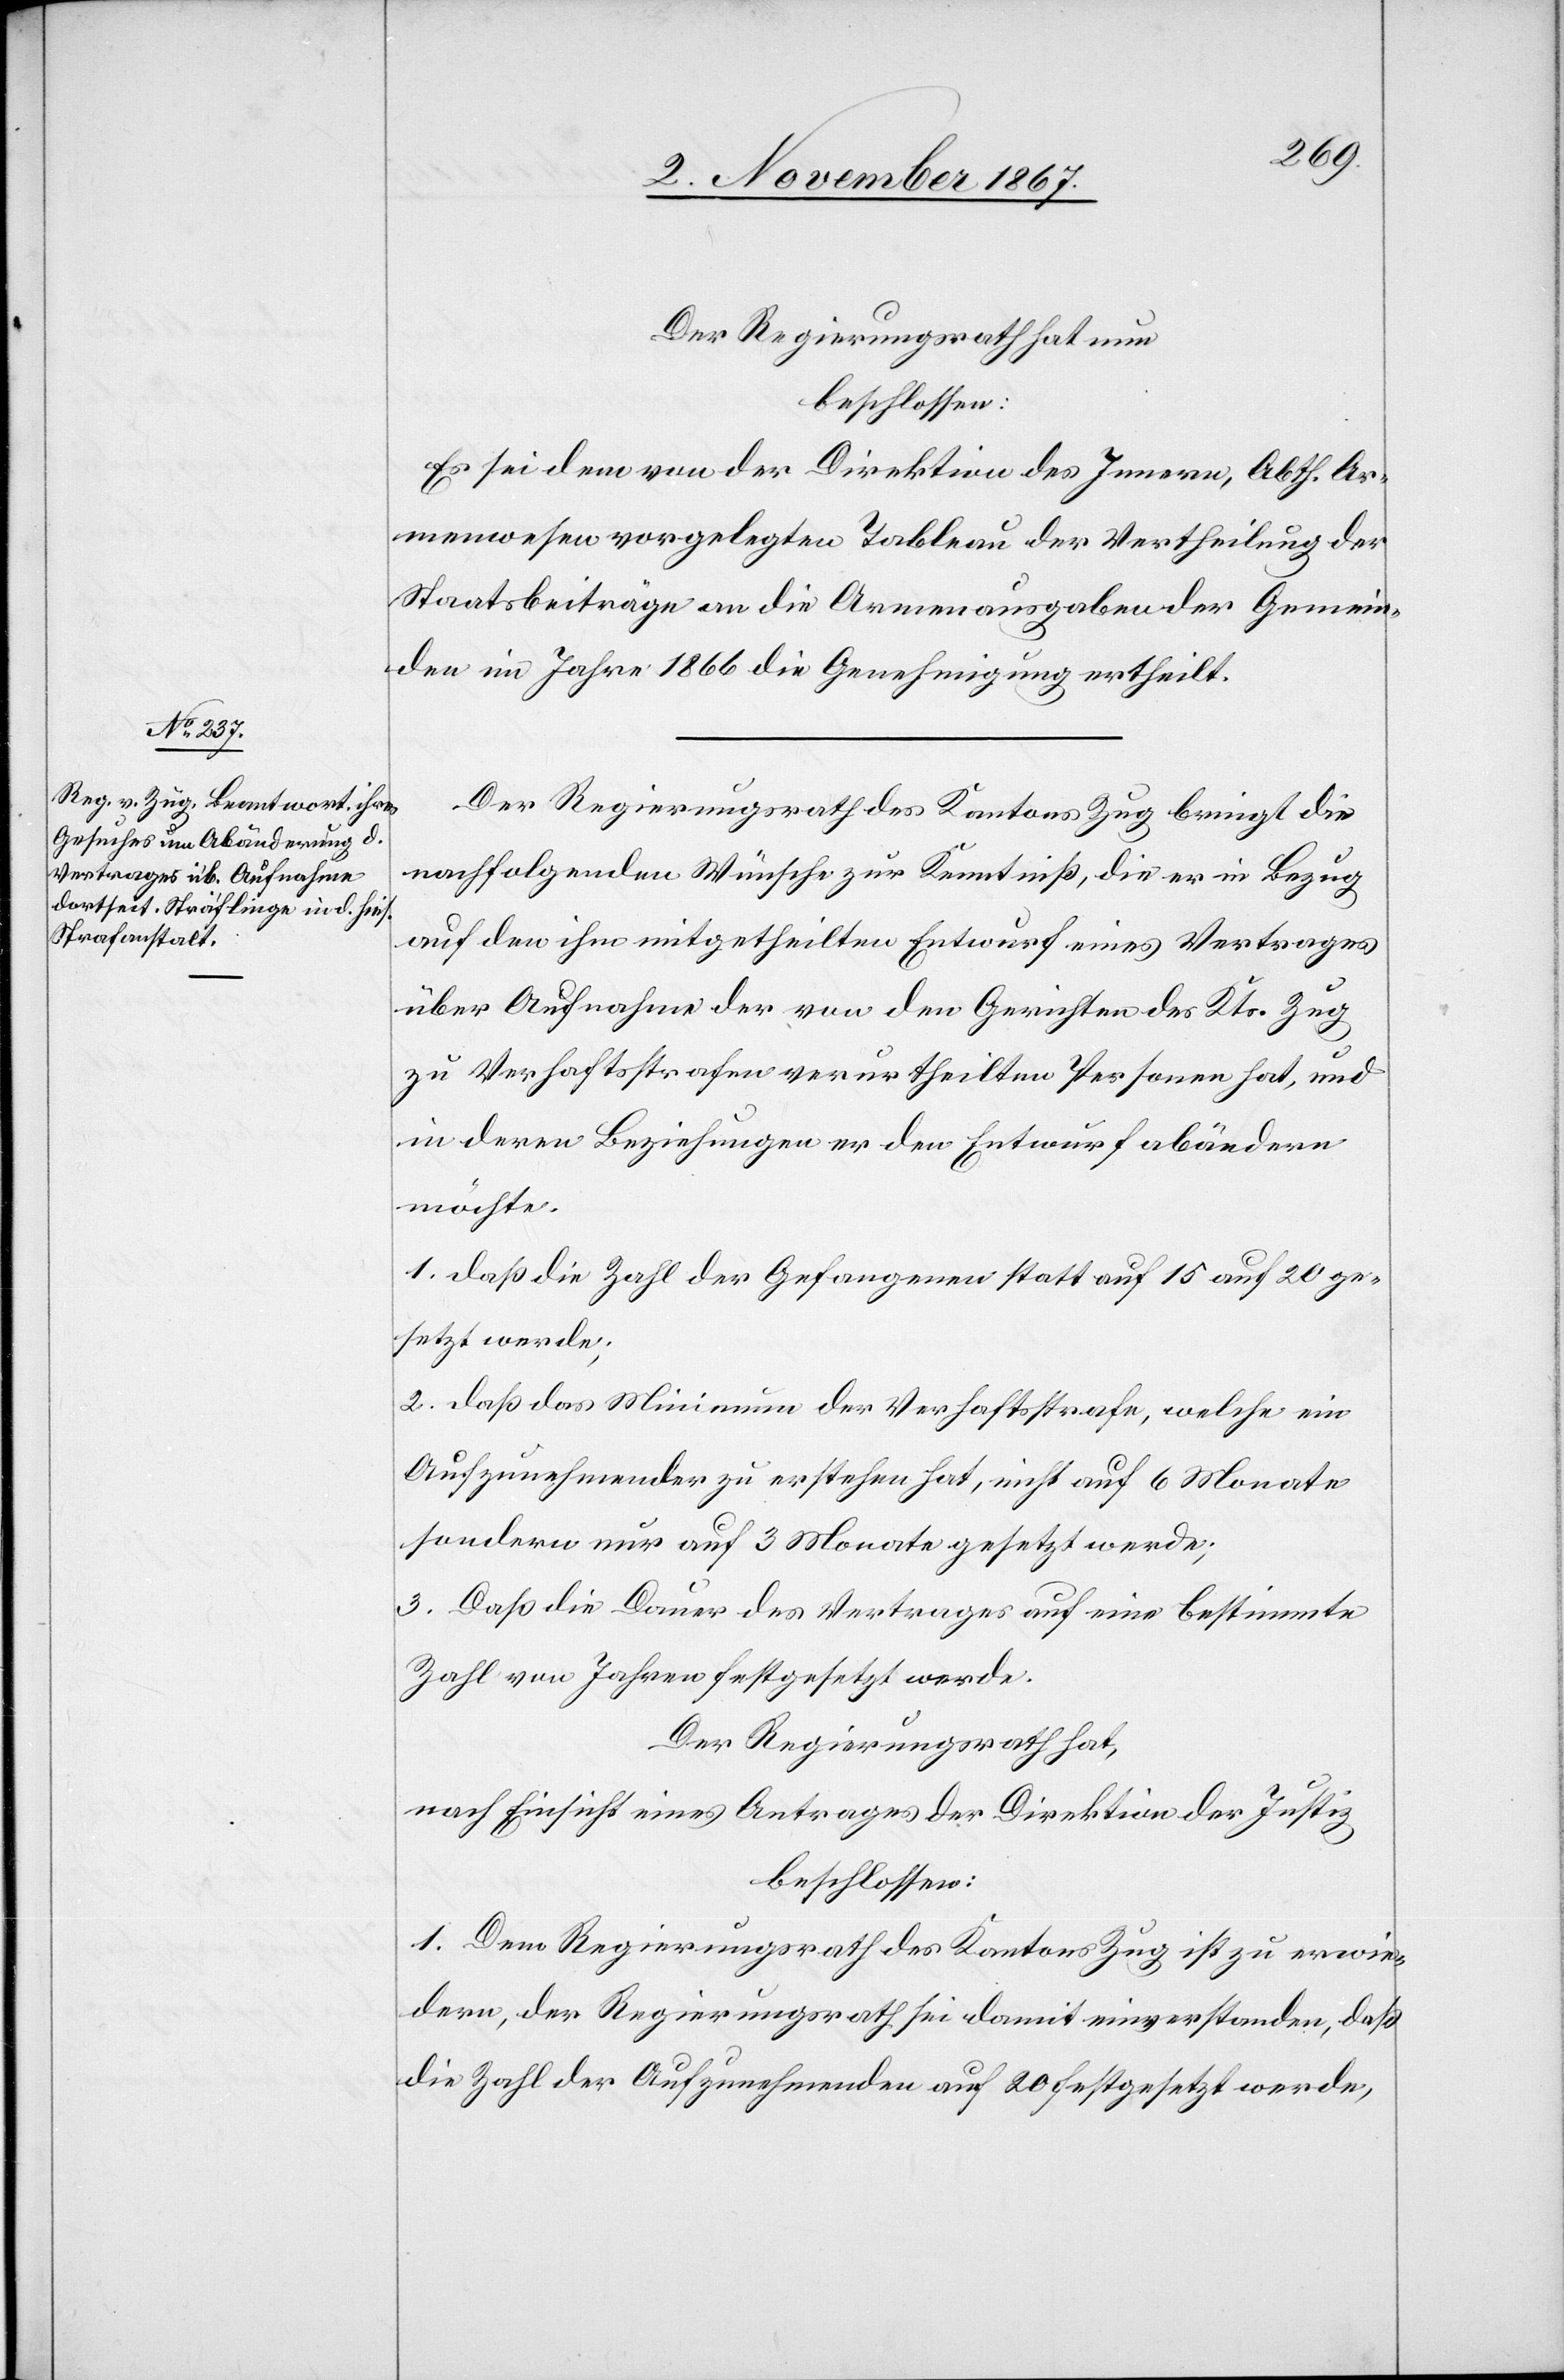
Der Regierungsrath hat nun
beschlossen:
Es sei dem von der Direktion des Innern, Abth. Ar¬
menwesen vorgelegten Tableau der Vertheilung der
Staatsbeiträge an die Armenausgaben der Gemein¬
den im Jahre 1866 die Genehmigung ertheilt.
Der Regierungsrath des Kantons Zug bringt die
nachfolgenden Wünsche zur Kenntniß, die er in Bezug
auf den ihm mitgetheilten Entwurf eines Vertrages
über Aufnahme der von den Gerichten des Kts. Zug
zu Verhaftsstrafen verurtheilten Personen hat, und
in deren Beziehungen er den Entwurf abändern
möchte.
1. Daß die Zahl der Gefangenen statt auf 15 auf 20 ge¬
setzt werde;
2. Daß das Minimum der Verhaftsstrafe, welche ein
Aufzunehmender zu erstehen hat, nicht auf 6 Monate
sondern nur auf 3 Monate gesetzt werde;
3. Daß die Dauer des Vertrages auf eine bestimmte
Zahl von Jahren festgesetzt werde.
Der Regierungsrath hat,
nach Einsicht eines Antrages der Direktion der Justiz,
beschlossen:
1. Dem Regierungsrath des Kantons Zug ist zu erwie¬
dern, der Regierungsrath sei damit einverstanden, daß
die Zahl der Aufzunehmenden auf 20 festgesetzt werde,